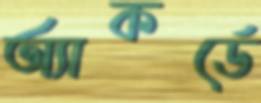
অ্যাকর্ডে